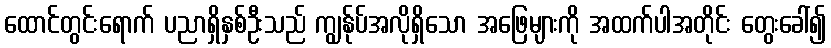
ထောင်တွင်းရောက် ပညာရှိနှစ်ဦးသည် ကျွန်ုပ်အလိုရှိသော အဖြေများကို အထက်ပါအတိုင်း တွေးခေါ်၍